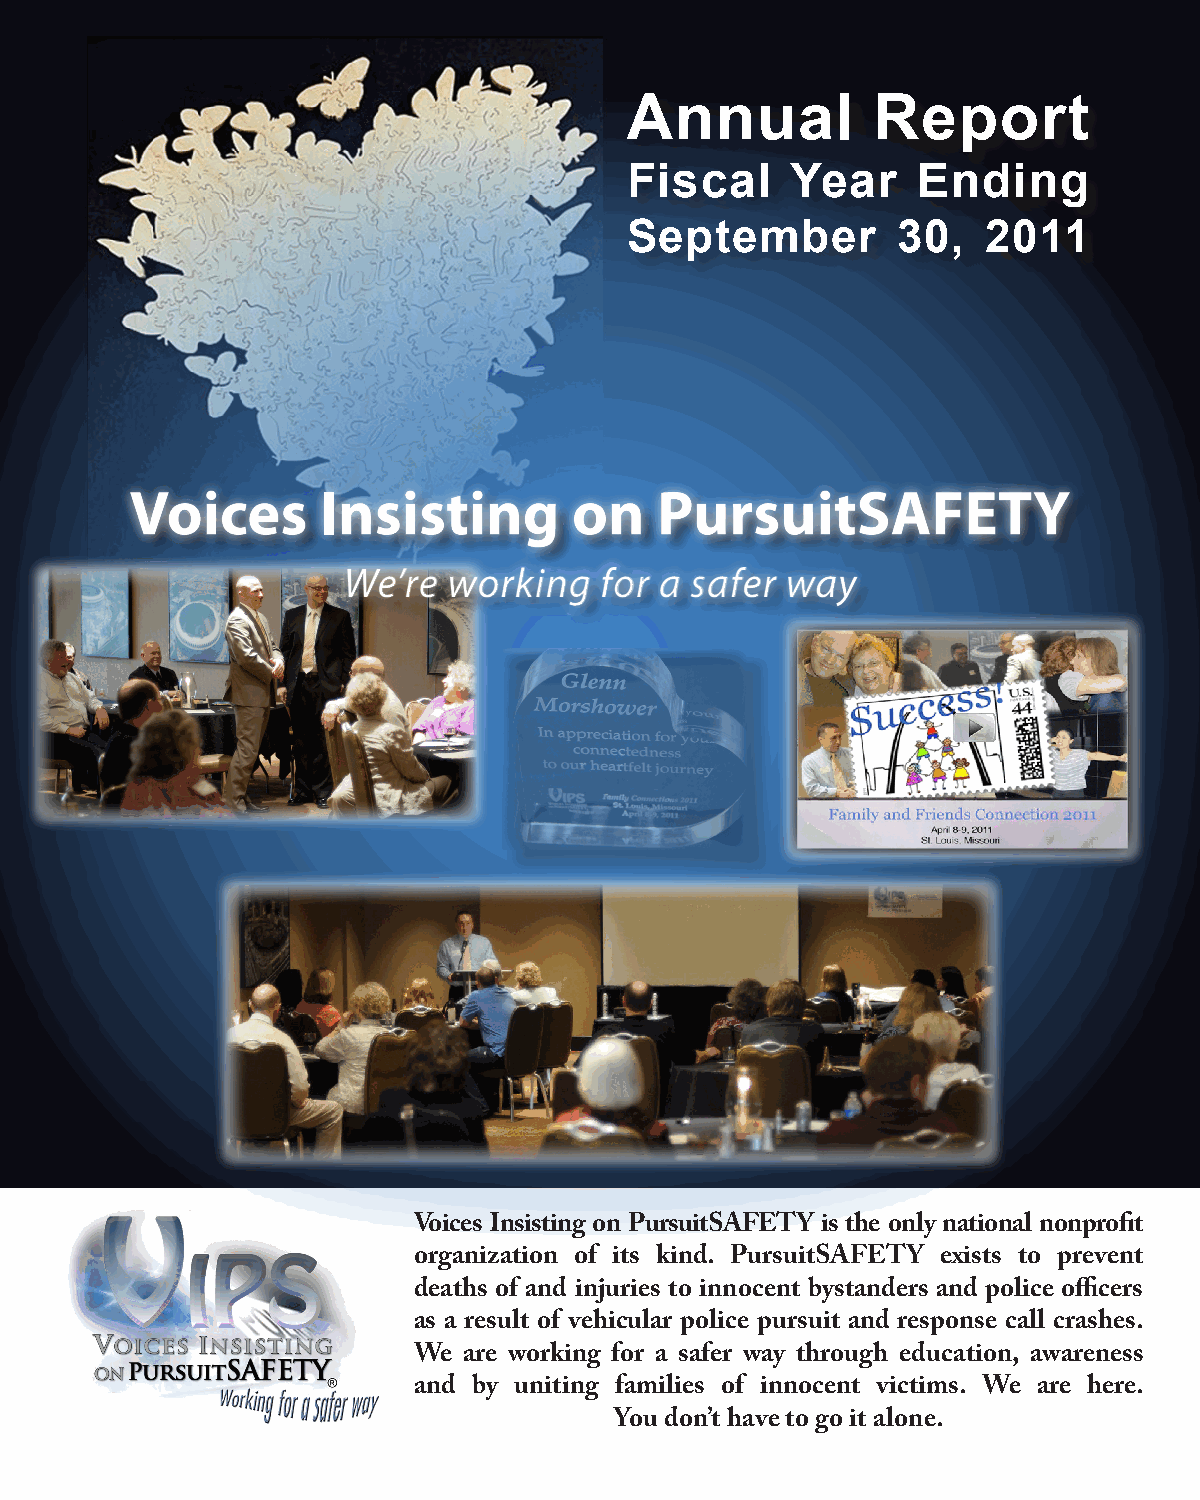
Annual           Report
 Fiscal     Year     Ending
 September         30,   2011
 Voices      Insisting        on    PursuitSAFETY
 We’re  working   for a safer way
 Voices Insisting on PursuitSAFETY is the only national nonprofit
 organization of its kind. PursuitSAFETY exists to prevent
 deaths of and injuries to innocent bystanders and police officers
 as a result of vehicular police pursuit and response call crashes.
 We  are working for a safer way through education, awareness
 and by uniting families of innocent victims. We are here.
 You don’t have to go it alone.
 Annual Report: Fiscal Year Ending September 2011 1